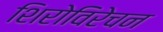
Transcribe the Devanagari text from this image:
शिरोविरेचन